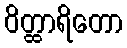
ဝိတ္ထာရိတော